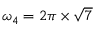
\omega _ { 4 } = 2 \pi \times \sqrt { 7 }